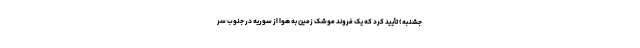
جشنبه) تأیید کرد که یک فروند موشک زمین به هوا از سوریه در جنوب سر